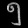
Digit: ၅